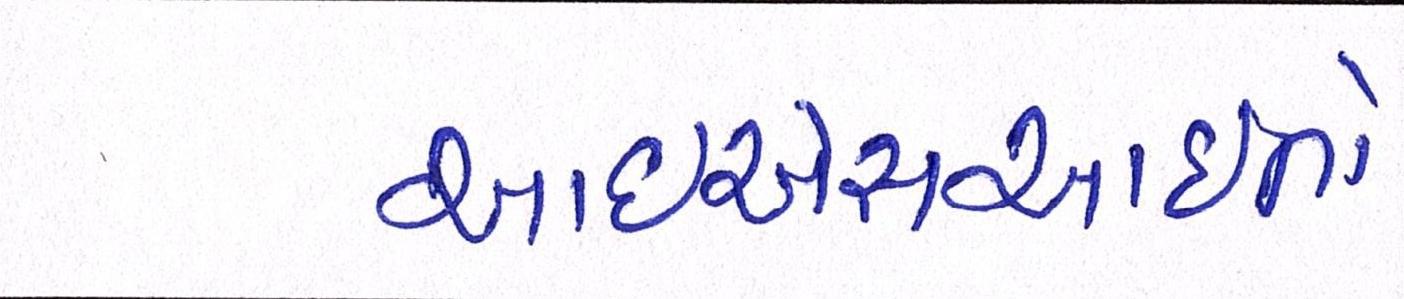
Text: આઇએસઆઇનો